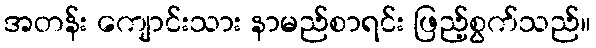
အတန်း ကျောင်းသား နာမည်စာရင်း ဖြည့်စွက်သည်။